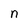
Character: n